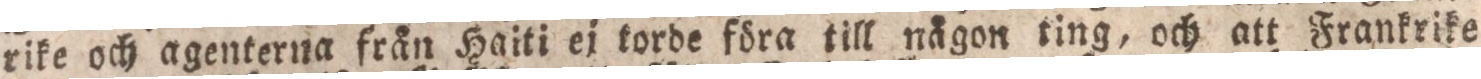
rike och agenterna från Haiti ej torde föra till någon ting, och att Frankrike